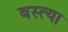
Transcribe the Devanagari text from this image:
बस्त्या